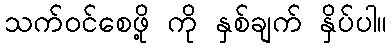
သက်ဝင်စေဖို့ ကို နှစ်ချက် နှိပ်ပါ။